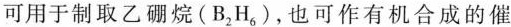
可用于制取乙硼烷(B_{2}H_{6})，也可作有机合成的催